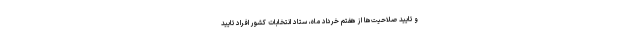
و تایید صلاحیت‌ها از هفتم خرداد ماه، ستاد انتخابات کشور افراد تایید